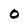
Character: 0